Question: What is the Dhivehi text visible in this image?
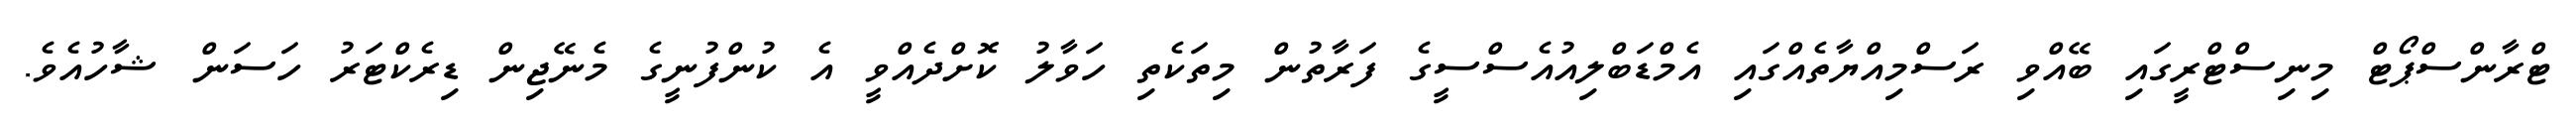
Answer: ޓްރާންސްޕޯޓް މިނިސްޓްރީގައި ބޭއްވި ރަސްމިއްޔާތެއްގައި އެމްޑަބްލިއުއެސްސީގެ ފަރާތުން މިތަކެތި ހަވާލު ކޮށްދެއްވީ އެ ކުންފުނީގެ މެނޭޖިން ޑިރެކްޓަރު ހަސަން ޝާހުއެވެ.